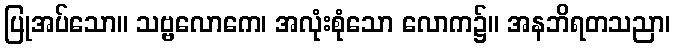
ပြုအပ်သော။ သဗ္ဗလောကေ၊ အလုံးစုံသော လောက၌။ အနဘိရတသညာ၊